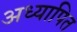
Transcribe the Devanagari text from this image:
अध्यापित